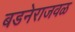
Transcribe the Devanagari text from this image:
बडनेराजवळ